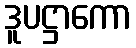
ဒူပဋ္ဌာကော